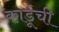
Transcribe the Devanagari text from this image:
कार्डूची